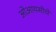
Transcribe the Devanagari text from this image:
ओआयसीचे